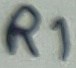
Text: R1